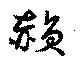
赬